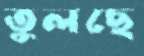
তুলছে